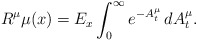
\begin{align*}R^{\mu}\mu(x)=E_{x}\int_{0}^{\infty} e^{-A^{\mu}_{t}}\,dA^{\mu}_{t}.\end{align*}